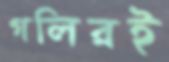
গলিরই